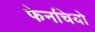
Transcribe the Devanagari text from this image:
फेनचियो